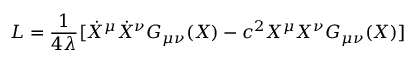
L = { \frac { 1 } { 4 { \lambda } } } [ { \dot { X } ^ { \mu } } { \dot { X } ^ { \nu } } G _ { \mu \nu } ( X ) - c ^ { 2 } { X ^ { \mu } } { X ^ { \nu } } G _ { \mu \nu } ( X ) ]